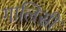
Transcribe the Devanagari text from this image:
गालिसी